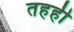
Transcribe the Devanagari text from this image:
तहही